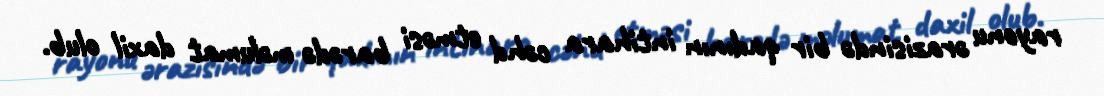
rayonu ərazisində bir qadının intihara cəhd etməsi barədə məlumat daxil olub.